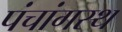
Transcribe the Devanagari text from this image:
पंचांगस्थ